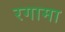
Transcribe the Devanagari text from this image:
रगामा